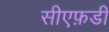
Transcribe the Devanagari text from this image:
सीएफ़डी